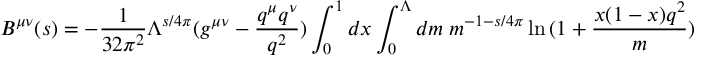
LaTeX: B ^ { \mu \nu } ( s ) = - \frac { 1 } { 3 2 \pi ^ { 2 } } \Lambda ^ { s / 4 \pi } ( g ^ { \mu \nu } - \frac { q ^ { \mu } q ^ { \nu } } { q ^ { 2 } } ) \int _ { 0 } ^ { 1 } d x \int _ { 0 } ^ { \Lambda } d m \; m ^ { - 1 - s / 4 \pi } \ln { ( 1 + \frac { x ( 1 - x ) q ^ { 2 } } { m } ) }